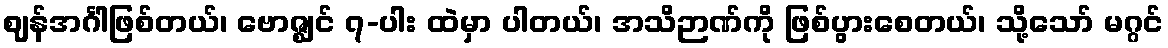
ဈန်အင်္ဂါဖြစ်တယ်၊ ဗောဇ္ဈင် ၇-ပါး ထဲမှာ ပါတယ်၊ အသိဉာဏ်ကို ဖြစ်ပွားစေတယ်၊ သို့သော် မဂ္ဂင်